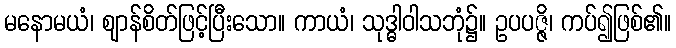
မနောမယံ၊ ဈာန်စိတ်ဖြင့်ပြီးသော။ ကာယံ၊ သုဒ္ဓါဝါသဘုံ၌။ ဥပပဇ္ဇိ၊ ကပ်၍ဖြစ်၏။